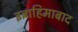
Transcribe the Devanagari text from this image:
इब्राहिमाबाद